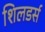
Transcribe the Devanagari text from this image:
शिलडर्स